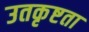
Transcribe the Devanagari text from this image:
उतकृष्टता